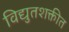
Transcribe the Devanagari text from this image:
विद्युतशक्तीत